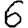
Digit: 6